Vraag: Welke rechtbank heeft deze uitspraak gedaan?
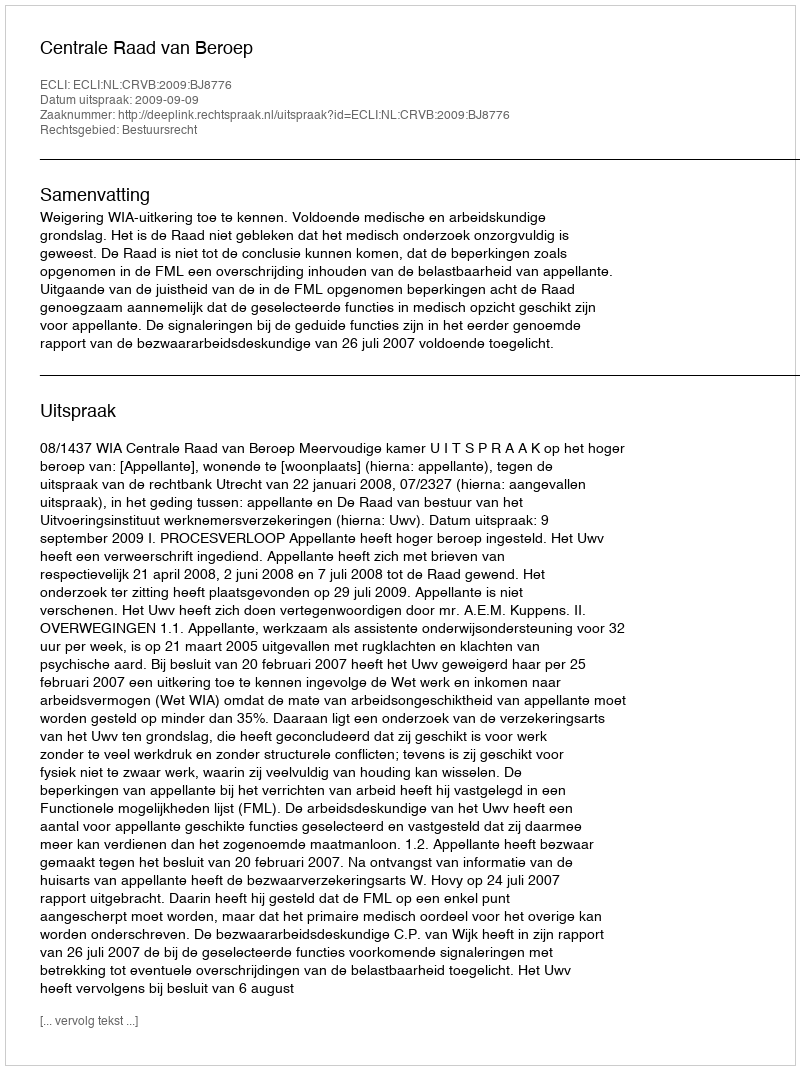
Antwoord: Centrale Raad van Beroep